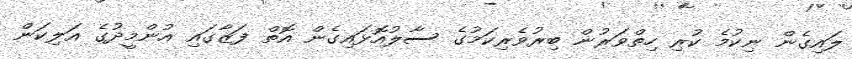
ލައިގެން ނިކުމެ ކުރި ހިތްވަރުން ބިރުވެރިކަމުގެ ސާލުއޮޅައިގެން އޮތް ފަޒާގައި އުންމީދުގެ އަލިކަން